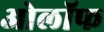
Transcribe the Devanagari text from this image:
ओलॉफ